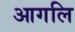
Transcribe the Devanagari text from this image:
आगलि